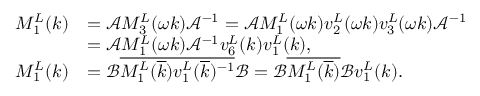
\begin{array} { r l } { M _ { 1 } ^ { L } ( k ) } & { = \mathcal { A } M _ { 3 } ^ { L } ( \omega k ) \mathcal { A } ^ { - 1 } = \mathcal { A } M _ { 1 } ^ { L } ( \omega k ) v _ { 2 } ^ { L } ( \omega k ) v _ { 3 } ^ { L } ( \omega k ) \mathcal { A } ^ { - 1 } } \\ & { = \mathcal { A } M _ { 1 } ^ { L } ( \omega k ) \mathcal { A } ^ { - 1 } v _ { 6 } ^ { L } ( k ) v _ { 1 } ^ { L } ( k ) , } \\ { M _ { 1 } ^ { L } ( k ) } & { = \mathcal { B } \overline { { M _ { 1 } ^ { L } ( \overline { { k } } ) } } \overline { { v _ { 1 } ^ { L } ( \overline { { k } } ) ^ { - 1 } } } \mathcal { B } = \mathcal { B } \overline { { M _ { 1 } ^ { L } ( \overline { { k } } ) } } \mathcal { B } v _ { 1 } ^ { L } ( k ) . } \end{array}